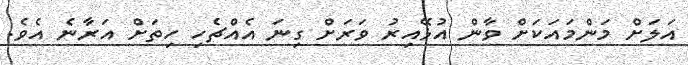
އަލަށް މަންމައަކަށް ވާން އުޅޭއިރު ވަރަށް ގިނަ އެއްޗެހި ހިތަށް އަރާނެ އެވެ.